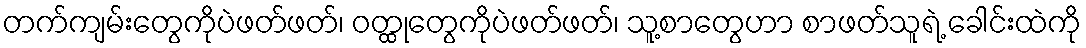
တက်ကျမ်းတွေကိုပဲဖတ်ဖတ်၊ ဝတ္ထုတွေကိုပဲဖတ်ဖတ်၊ သူ့စာတွေဟာ စာဖတ်သူရဲ့ ခေါင်းထဲကို